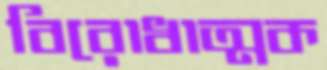
বিরোধাত্মক